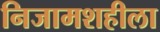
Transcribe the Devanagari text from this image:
निजामशहीला